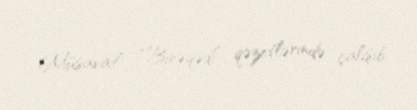
Müsavat”, “Binəqədi” qəzetlərində çalışıb.